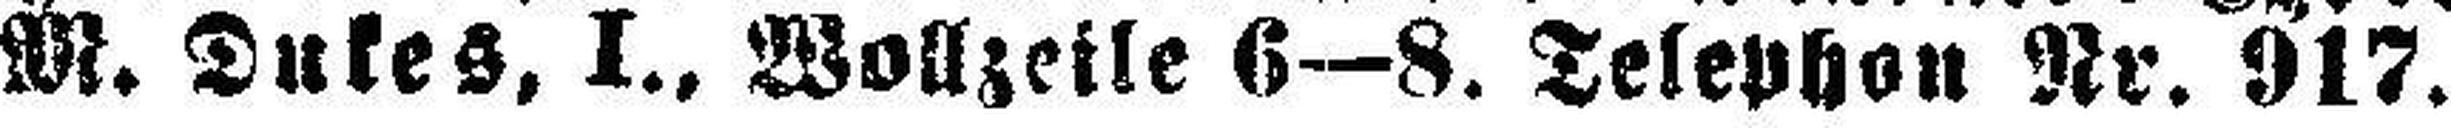
M. Dukes, I., Wollzeile 6—8. Telephon Nr. 917.